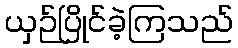
ယှဉ်ပြိုင်ခဲ့ကြသည်